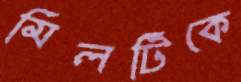
মিলটিকে